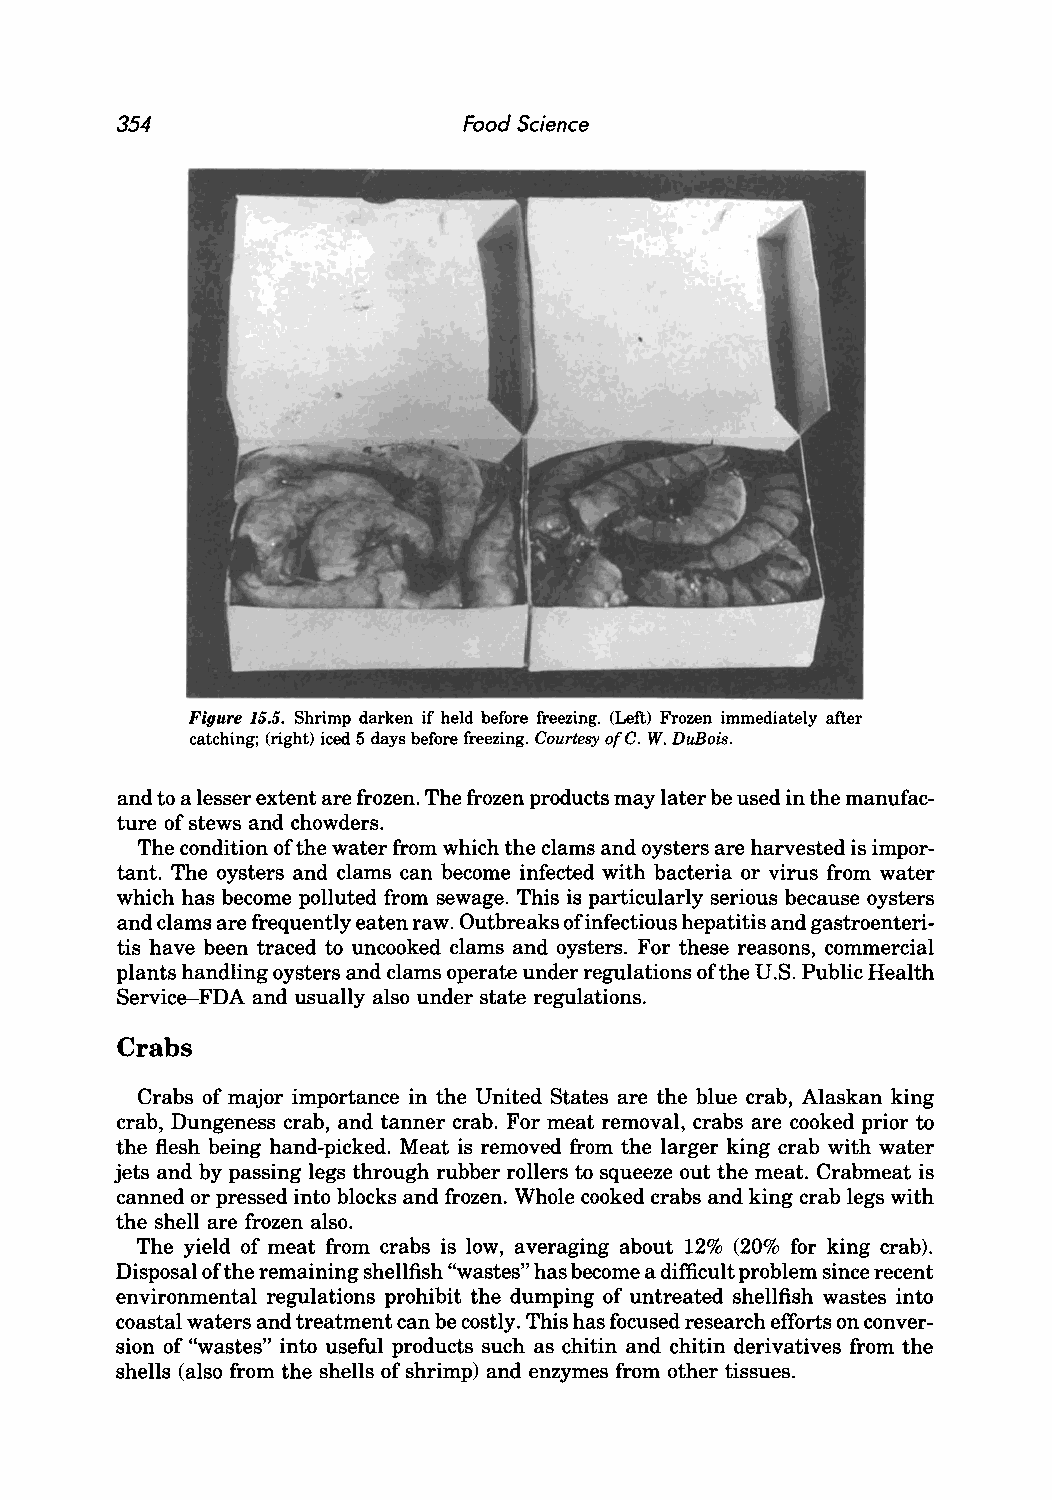
354                    Food Science
 Figure 15.5. Shrimp darken if held before freezing. (Left) Frozen immediately after
 catching; (right) iced 5 days before freezing. Courtesy orC. W. DuBois.
 and to a lesser extent are frozen. The frozen products may later be used in the manufac
 ture of stews and chowders.
 The condition of the water from which the clams and oysters are harvested is impor
 tant. The oysters and clams can become infected with bacteria or virus from water
 which has become polluted from sewage. This is particularly serious because oysters
 and clams are frequently eaten raw. Outbreaks of infectious hepatitis and gastroenteri
 tis have been traced to uncooked clams and oysters. For these reasons, commercial
 plants handling oysters and clams operate under regulations of the U.S. Public Health
 Service-FDA and usually also under state regulations.
 Crabs
 Crabs of major importance in the United States are the blue crab, Alaskan king
 crab, Dungeness crab, and tanner crab. For meat removal, crabs are cooked prior to
 the flesh being hand-picked. Meat is removed from the larger king crab with water
 jets and by passing legs through rubber rollers to squeeze out the meat. Crabmeat is
 canned or pressed into blocks and frozen. Whole cooked crabs and king crab legs with
 the shell are frozen also.
 The yield of meat from crabs is low, averaging about 12% (20% for king crab).
 Disposal ofthe remaining shellfish "wastes" has become a difficult problem since recent
 environmental regulations prohibit the dumping of untreated shellfish wastes into
 coastal waters and treatment can be costly. This has focused research efforts on conver
 sion of "wastes" into useful products such as chitin and chitin derivatives from the
 shells (also from the shells of shrimp) and enzymes from other tissues.